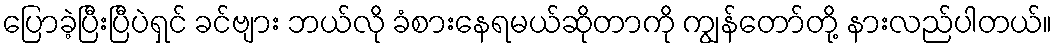
ပြောခဲ့ပြီးပြီပဲရှင် ခင်ဗျား ဘယ်လို ခံစားနေရမယ်ဆိုတာကို ကျွန်တော်တို့ နားလည်ပါတယ်။